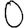
Digit: 0